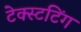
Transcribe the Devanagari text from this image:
टेक्स्टटिंग